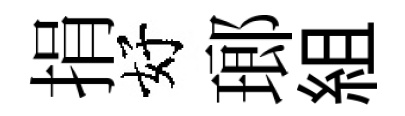
捐好瑯組